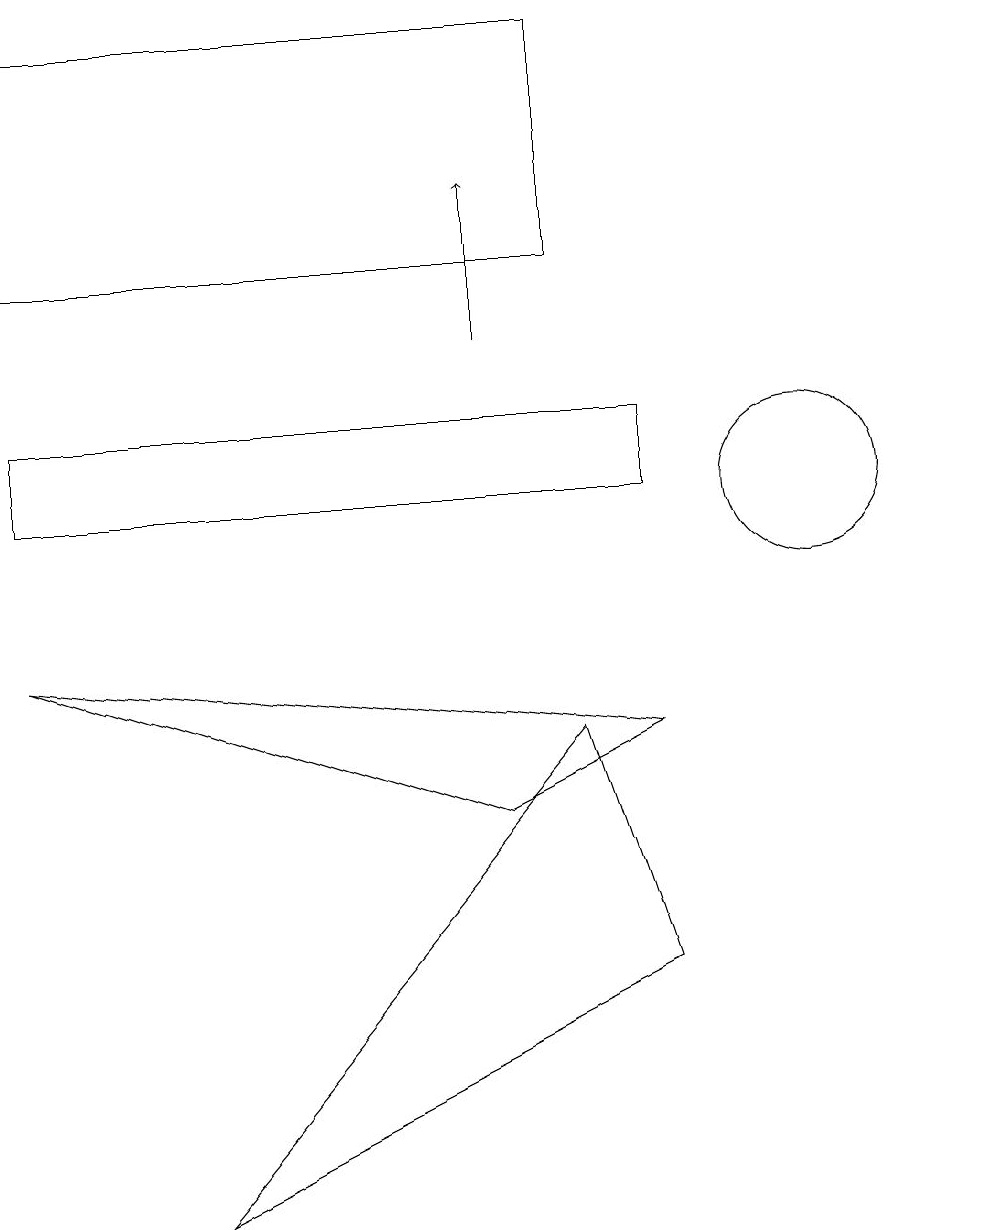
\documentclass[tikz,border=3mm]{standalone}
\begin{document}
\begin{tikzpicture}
\draw (12,11) circle (0);
\draw (10,11) circle (1);
\draw (0,11) rectangle (8,12);
\draw (6,7) -- (8,8) -- (0,9) -- cycle;
\draw (9,17) rectangle (9,17);
\draw (7,8) -- (2,2) -- (8,5) -- cycle;
\draw[->] (6,13) -- (6,15);
\draw (7,14) rectangle (0,17);
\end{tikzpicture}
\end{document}